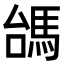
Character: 𩢠